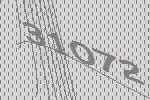
31072